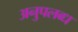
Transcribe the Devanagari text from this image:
अनुपलब्‍ध